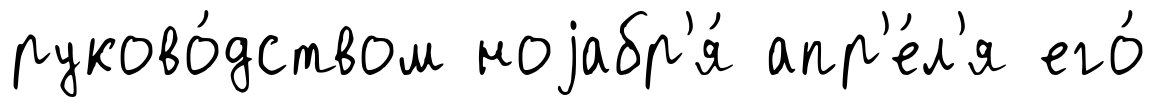
руково́дством ноjабр'я́ апр'е́л'я его́